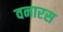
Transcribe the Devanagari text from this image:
वनारस